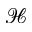
\mathcal { H }